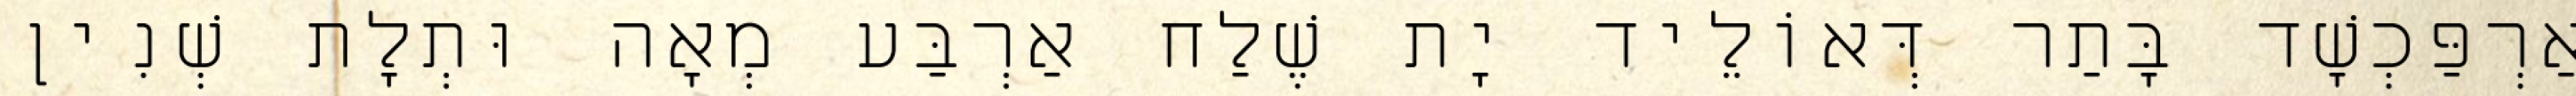
אַרְפַּכְשָׁד בָּתַר דְּאוֹלֵיד יָת שֶׁלַח אַרְבַּע מְאָה וּתְלָת שְׁנִין